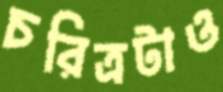
চরিত্রটাও